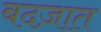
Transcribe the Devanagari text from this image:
बदज़ात